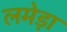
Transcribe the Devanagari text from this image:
लमेड़ा